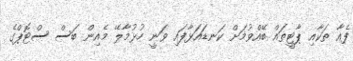
ފެއާ ތަކާއި ޕާޓީތައް ބޭއްވުމަށް ކަނޑައަޅާފައި ވަނީ ހުޅުމާލޭ މެއިން ބަސް ސްޓޮޕްގެ